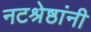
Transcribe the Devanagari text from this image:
नटश्रेष्ठांनी